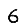
Digit: 6